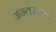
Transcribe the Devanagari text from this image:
अन्तस्तल